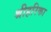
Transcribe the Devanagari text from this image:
श्रीहरिका